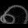
Digit: ၈